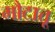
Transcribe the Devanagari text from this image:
मौटात्तू